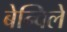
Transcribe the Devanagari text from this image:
बेन्विले